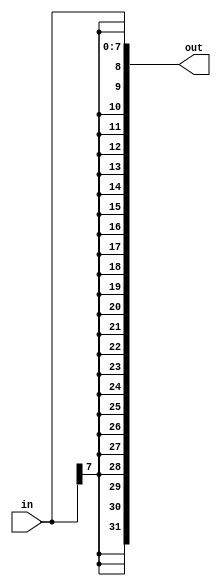
module top_module (
    input [7:0] in,
    output [31:0] out );//

    // assign out = { replicate-sign-bit , the-input };
    assign out = {{24{in[7]}}, in};

endmodule
/*
        This replicates vector by num times. num must be a constant. Both sets of braces are required.
    Examples:
        {5{1'b1}}           // 5'b11111 (or 5'd31 or 5'h1f)
        {2{a,b,c}}          // The same as {a,b,c,a,b,c}
        {3'd5, {2{3'd6}}}   
            //9'b101_110_110. It's a concatenation of 101 with
            the second vector, which is two copies of 3'b110.
*/